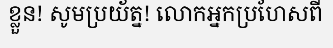
ខ្លួន! សូមប្រយ័ត្ន! លោកអ្នកប្រហែសពី